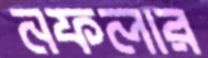
নফলার